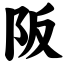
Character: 阪